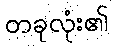
တခုလုံး၏